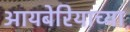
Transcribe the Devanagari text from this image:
आयबेरियाच्या